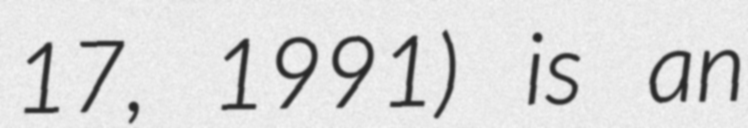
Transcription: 17, 1991) is an